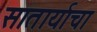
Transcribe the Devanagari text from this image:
सातार्याचा